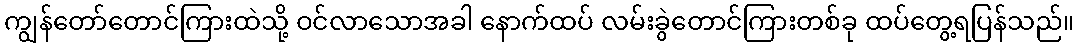
ကျွန်တော်တောင်ကြားထဲသို့ ဝင်လာသောအခါ နောက်ထပ် လမ်းခွဲတောင်ကြားတစ်ခု ထပ်တွေ့ရပြန်သည်။